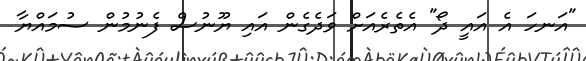
"އަނހަ އެ އައީ ދޯ" އެތެރެއަށް ވަދެގެން އައި ޔޫނުސް ފެނުމުން ސުމައްޔާ